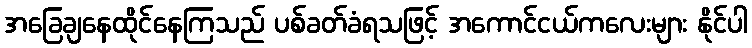
အခြေချနေထိုင်နေကြသည် ပစ်ခတ်ခံရသဖြင့် အကောင်ငယ်ကလေးများ နိုင်ပါ